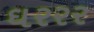
ઘરરર